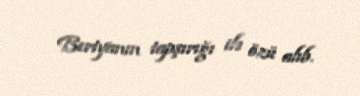
Beriyanın tapşırığı ilə özü alıb.